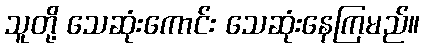
သူတို့ သေဆုံးကောင်း သေဆုံးနေကြမည်။